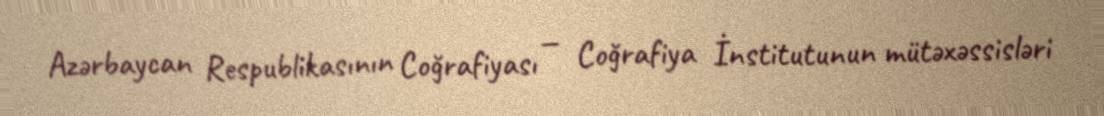
Azərbaycan Respublikasının Coğrafiyası — Coğrafiya İnstitutunun mütəxəssisləri